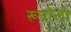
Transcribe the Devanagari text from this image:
रूदौली